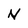
Character: N